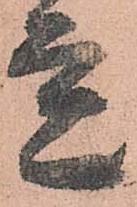
立